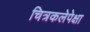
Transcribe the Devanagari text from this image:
चित्रकलेपेक्षा